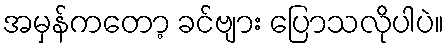
အမှန်ကတော့ ခင်ဗျား ပြောသလိုပါပဲ။